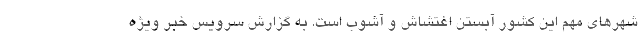
شهرهای مهم این کشور آبستن اغتشاش و آشوب است. به گزارش سرویس خبر ویژه